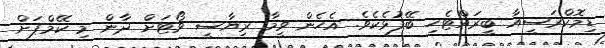
ޑިމޮކްރަސީއާ ބީރައްޓެހި ބޭފުޅެކެވެ. އެހެން ވީމާ ރިޔާސީ ވޯޓަށް ދާން މި ކޭމްޕަށް